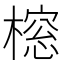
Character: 𬄔